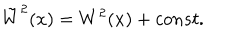
\tilde { W } ^ { 2 } ( x ) = W ^ { 2 } ( x ) + c o n s t .